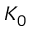
K _ { 0 }